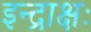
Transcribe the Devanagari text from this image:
इन्द्राक्षः